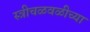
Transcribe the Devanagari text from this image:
स्त्रीचळवळीच्या